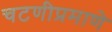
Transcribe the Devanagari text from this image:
चटणीप्रमाणे